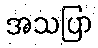
အသပြာ